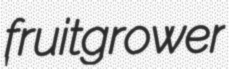
fruitgrower